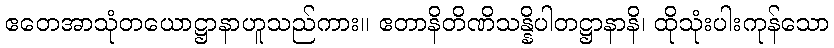
ဧတေအာသုံတယောဋ္ဌာနာဟူသည်ကား။ ဧတာနိတိဏိသန္နိပါတဋ္ဌာနာနိ၊ ထိုသုံးပါးကုန်သော